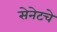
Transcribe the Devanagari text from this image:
सेनेटचे